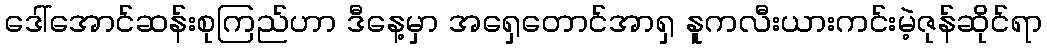
ဒေါ်အောင်ဆန်းစုကြည်ဟာ ဒီနေ့မှာ အရှေတောင်အာရှ နူကလီးယားကင်းမဲ့ဇုန်ဆိုင်ရာ